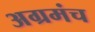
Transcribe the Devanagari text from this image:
अग्रमंच